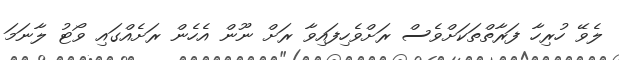
ލެވޭ ހުރިހާ ފަރާތްތަކަށްވެސް ރަށްވެހިފައިވާ ރަށް ނޫން އެހެން ރަށެއްގައި ވޯޓު ލާނަމަ